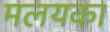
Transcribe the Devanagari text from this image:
मलयका